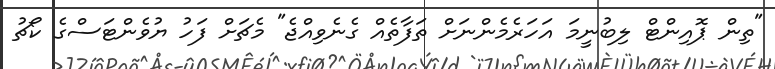
"ތިން ޕޮއިންޓް ލިބުނީމަ އަހަރެމެންނަށް ތަފާތެއް ގެނެވިއްޖެ" މެޗަށް ފަހު ޔުވެންޓަސްގެ ކޯޗު